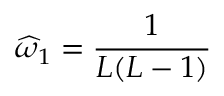
\widehat { \omega } _ { 1 } = \frac { 1 } { L ( L - 1 ) }